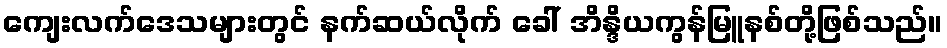
ကျေးလက်ဒေသများတွင် နက်ဆယ်လိုက် ခေါ် အိန္ဒိယကွန်မြူနစ်တို့ဖြစ်သည်။